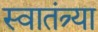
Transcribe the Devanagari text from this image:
स्वातंत्र्या